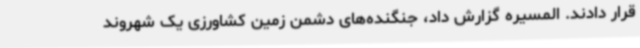
قرار دادند. المسیره گزارش داد، جنگنده‌های دشمن زمین کشاورزی یک شهروند